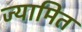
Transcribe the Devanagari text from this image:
ज्यामित